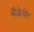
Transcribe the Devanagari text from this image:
मैकेचेन